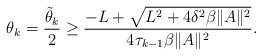
LaTeX: \begin{align*}\theta_k = \frac{\tilde \theta_k}{2} \geq\frac{-L+\sqrt{L^2+4\delta^2\beta\|A\|^2}} {4\tau_{k-1}\beta\|A\|^2}.\end{align*}